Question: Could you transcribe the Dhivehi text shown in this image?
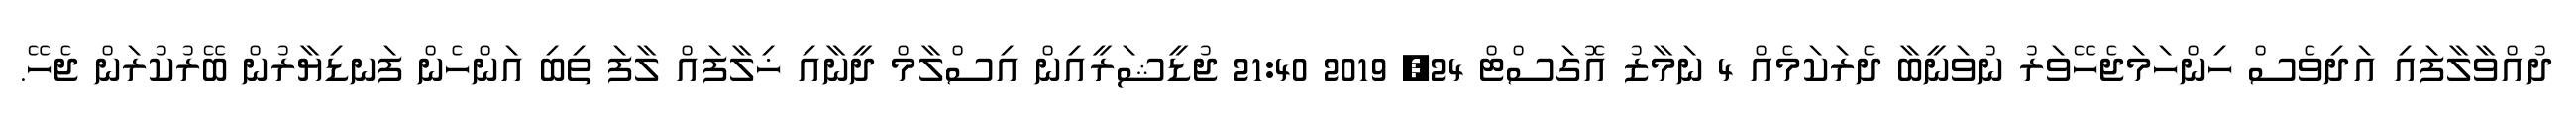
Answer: ދުއްވާލާފައި އަދިވެސް ހިންހަމަޖެހޭވަރު ނުވަނީބާ ދެރަކަމެއް 4 ނަމާޒު އޮގަސްޓް 24, 2019 21:40 ޖުޑީޝަރީއިން އިސްލާމް ދީނާއި ޚިލާފައް ލާފަ ތިބި އަންހެން ފަނޑިޔާރުން ބޭރުކުރަން ޖެހޭ.